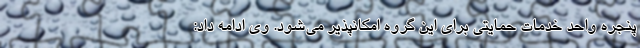
پنجره واحد خدمات حمایتی برای این گروه امکانپذیر می‌شود. وی ادامه داد: